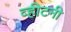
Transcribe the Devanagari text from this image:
व्हीटनी